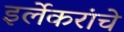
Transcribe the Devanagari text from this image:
इर्लेकरांचे